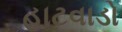
હાટવાડો